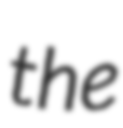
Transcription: the